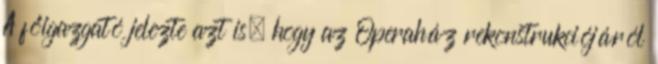
A főigazgató jelezte azt is, hogy az Operaház rekonstrukciójáról